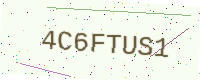
Text: 4C6FTUS1